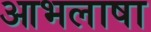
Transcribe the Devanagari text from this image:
आभलाषा